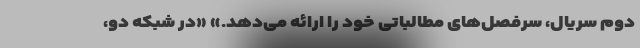
دوم سریال، سرفصل‌های مطالباتی خود را ارائه می‌دهد.» «در شبکه دو،